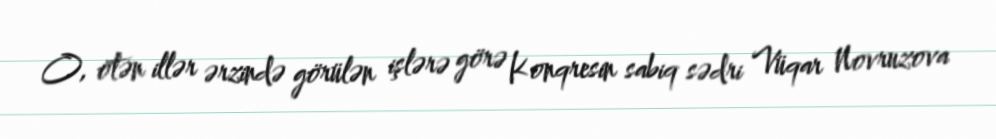
O, ötən illər ərzində görülən işlərə görə Konqresin sabiq sədri Vüqar Novruzova